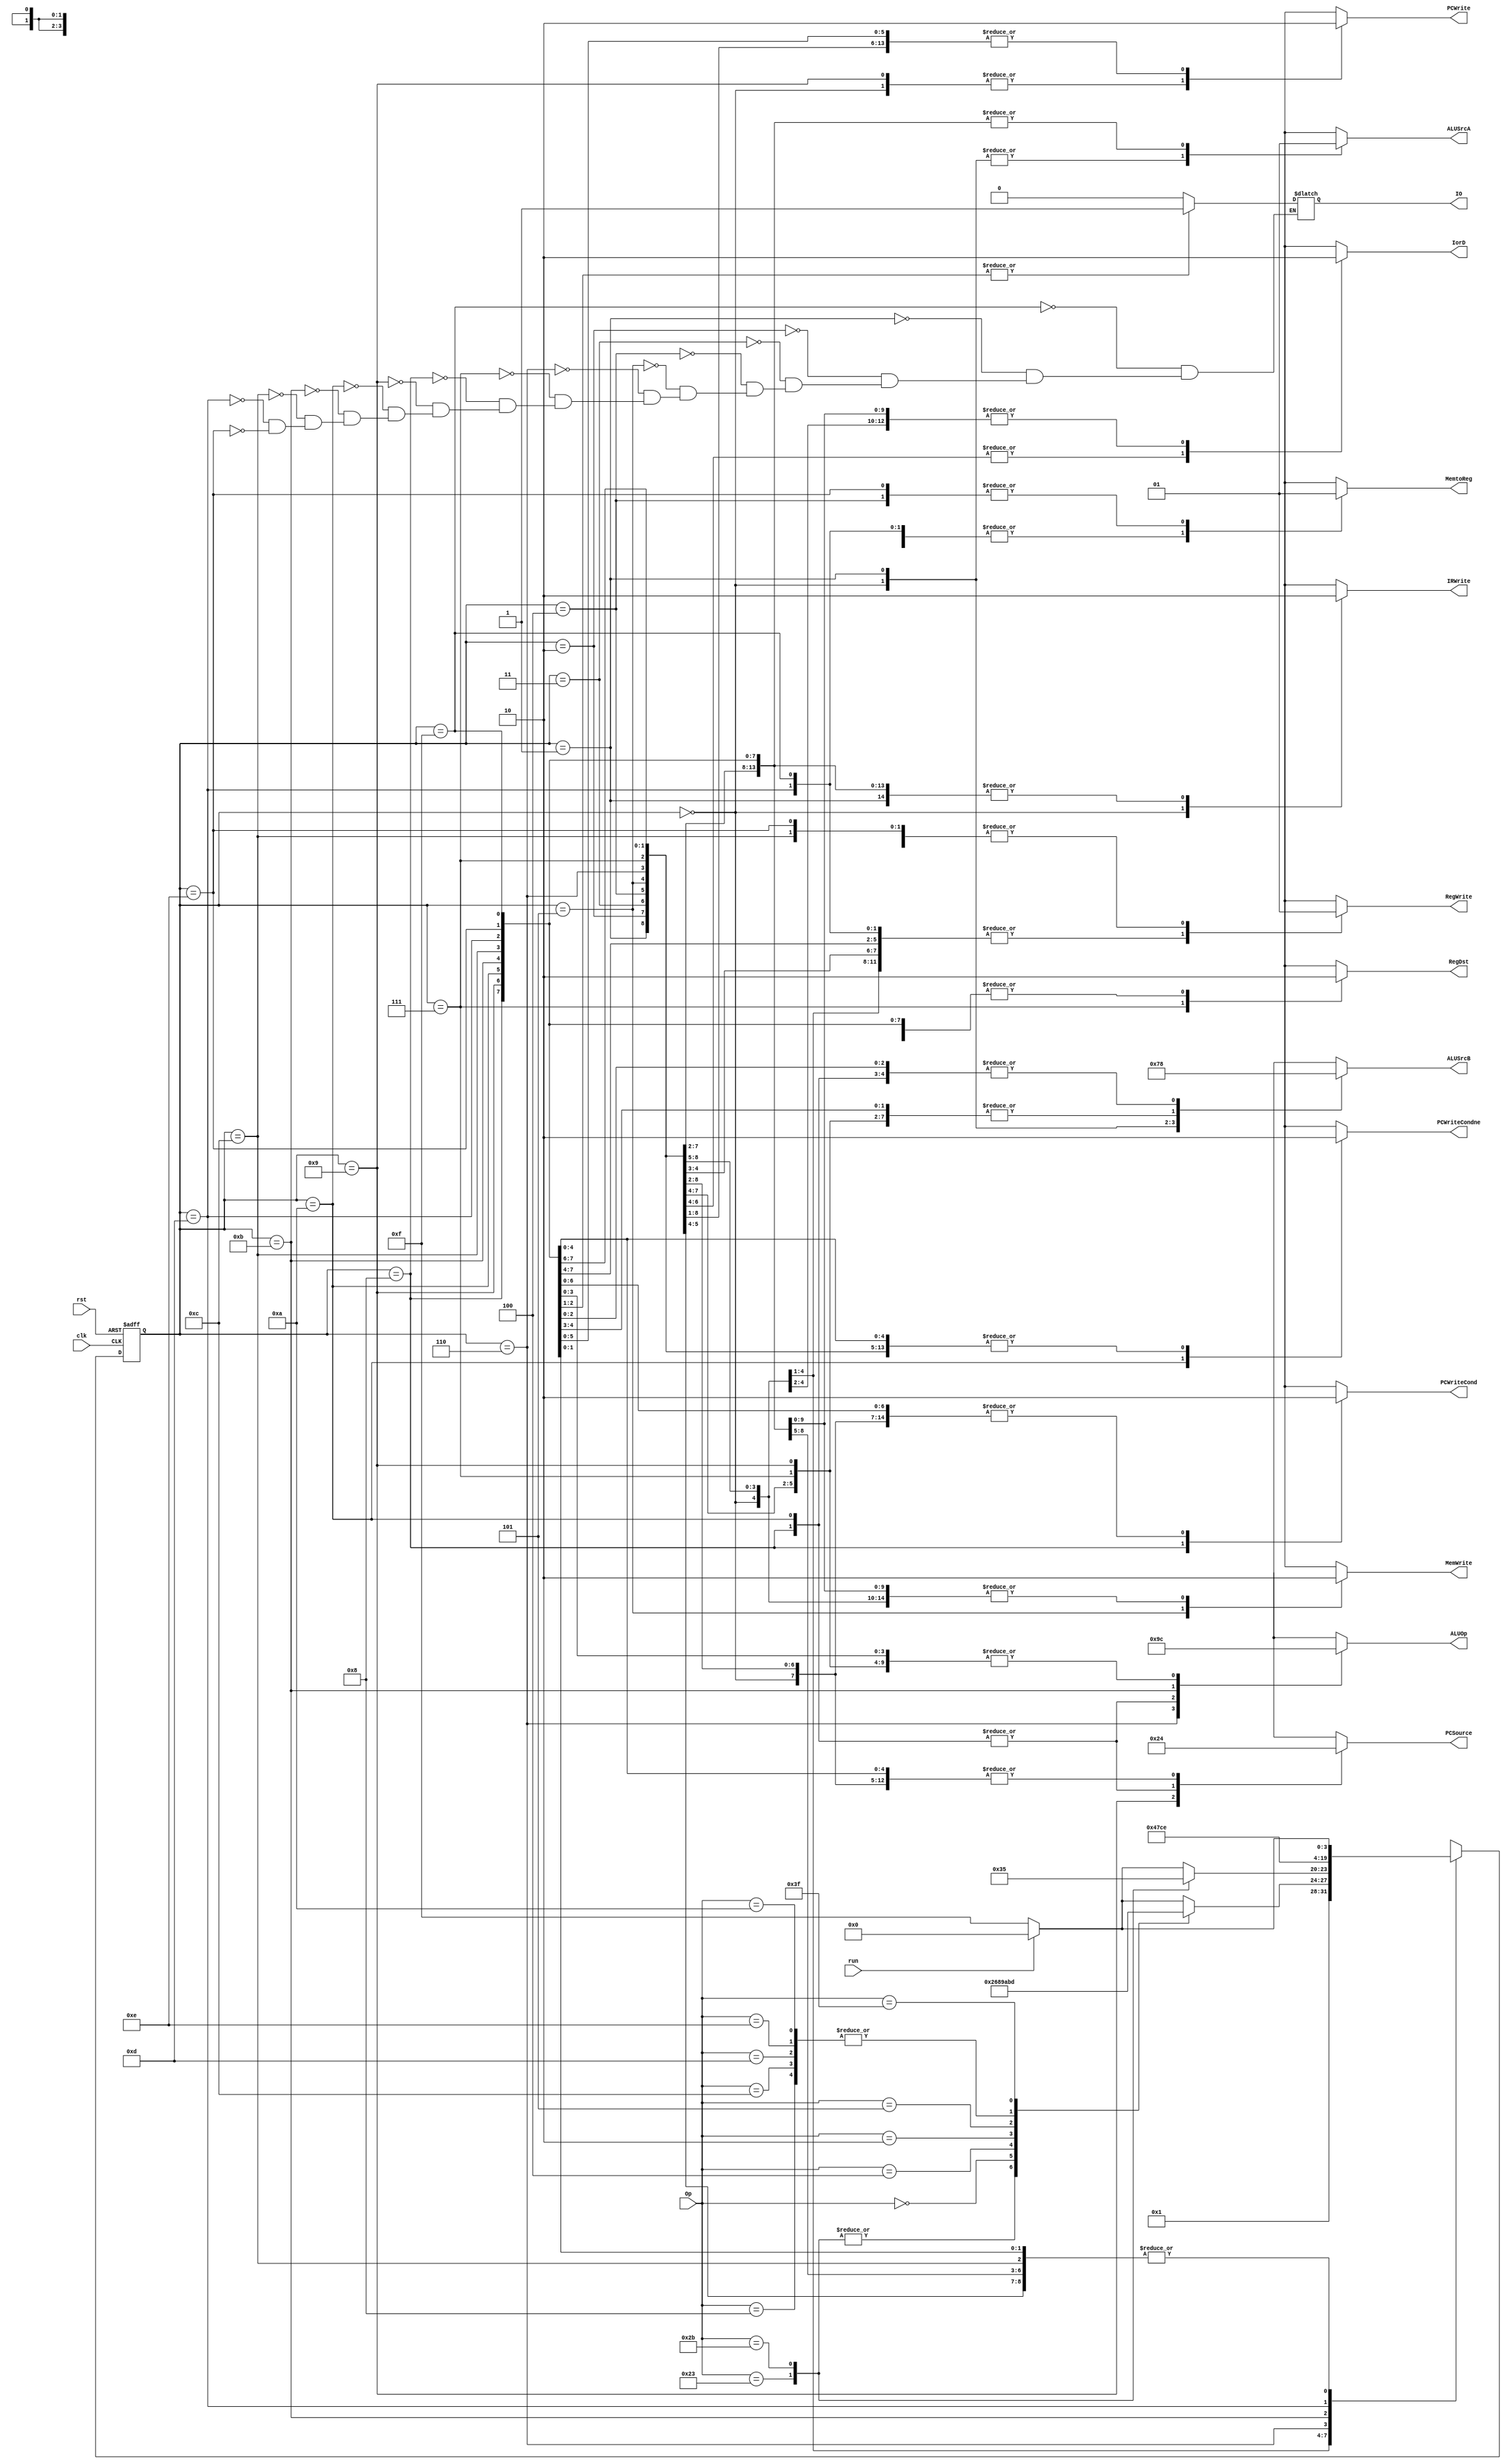
`timescale 1ns / 1ps
//////////////////////////////////////////////////////////////////////////////////
// Company: 
// Engineer: 
// 
// Design Name: 
// Module Name: Control
// Project Name: 
// Target Devices: 
// Tool Versions: 
// Description: 
// 
// Dependencies: 
// 
// Revision:
// Revision 0.01 - File Created
// Additional Comments:
// 
//////////////////////////////////////////////////////////////////////////////////


module Control(
    input [5:0] Op,
    input clk,
    input rst,
    input run,
    output reg PCWriteCond,
    output reg PCWriteCondne,
    output reg PCWrite,
    output reg IorD,
    //output reg MemRead,
    output reg MemWrite,
    output reg MemtoReg,
    output reg IRWrite,
    output reg [1:0] PCSource,
    output reg [1:0] ALUOp,
    output reg [1:0] ALUSrcB,
    output reg ALUSrcA,
    output reg RegWrite,
    output reg RegDst,
    output reg IO
    );
    
    parameter start = 4'b1111,s0 = 4'b0000,s1 = 4'b0001,s2 = 4'b0010,s3 = 4'b0011,s4 = 4'b0100,s5 = 4'b0101,s6 = 4'b0110,s7 = 4'b0111,s8 = 4'b1000,s9 = 4'b1001,s10 = 4'b1010,s11=4'b1011,s12=4'b1100,s13=4'b1101,s14=4'b1110; 
    parameter LW = 6'b100011;
    parameter SW = 6'b101011;
    parameter R_type = 6'b000000;
    parameter BEQ = 6'b000100;
    parameter J = 6'b000010;
    parameter BNE = 6'b000101;
    parameter ADDI = 6'b001000;
    parameter ANDI = 6'b001100;
    parameter ORI = 6'b001101;
    parameter XORI = 6'b001110;
    parameter SLTI = 6'b001010;
    parameter IOLW = 6'b111111;
    //reg [5:0] Opreg;
    reg [3:0] state;
    reg [3:0] next_state;
    
    always @ (posedge clk or posedge rst)
    begin
        if(rst) state <= start;
        else state <= next_state;
    end
    
    always@(*)
    begin
        case(state) 
            start:
            begin
                PCWriteCond<=0;
                PCWriteCondne<=0;
                PCWrite<=0;
                IRWrite<=0;
                ALUSrcA<=1;
                ALUSrcB<=2'b00;
                ALUOp<=2'b00;
                RegDst<=0;
                PCSource<=2'b00;
                RegWrite<=0;
                IorD<=0;
                MemWrite<=0;
                MemtoReg<=0;
                IO<=0;
                next_state <= run ? s0 : start;
            end
            s0:
            begin
                PCWriteCond<=0;
                PCWriteCondne<=0;
                PCWrite<=1;
                IRWrite<=1;
                ALUSrcA<=0;
                ALUSrcB<=2'b01;
                ALUOp<=2'b00;
                RegDst<=0;
                PCSource<=2'b00;
                RegWrite<=0;
                IorD<=0;
                MemWrite<=0;
                MemtoReg<=0;
                next_state <= s1;
            end
            s1:
            begin
                PCWriteCond<=0;
                PCWriteCondne<=0;
                PCWrite<=0;
                IRWrite<=0;
                ALUSrcA<=0;
                ALUSrcB<=2'b11;
                ALUOp<=2'b00;
                RegDst<=0;
                PCSource<=2'b00;
                RegWrite<=0;
                IorD<=0;
                MemWrite<=0;
                MemtoReg<=0;
                IO<=0;
                case(Op)
                    LW:next_state <= s2;
                    SW:next_state <= s2;
                    R_type:next_state <= s6;
                    BEQ:next_state <= s8;
                    J:next_state <= s9;
                    BNE:next_state <= s10;
                    ADDI:next_state <= s11;
                    ANDI:next_state <= s11;
                    ORI:next_state <= s11;
                    XORI:next_state <= s11;
                    SLTI:next_state <= s11;
                    IOLW:next_state <= s13;
                    default:next_state <= run ? 4'b0000 : start;
                endcase
            end
            s2:
            begin
                PCWriteCond<=0;
                PCWriteCondne<=0;
                PCWrite<=0;
                IRWrite<=0;
                ALUSrcA<=1;
                ALUSrcB<=2'b10;
                ALUOp<=2'b00;
                RegDst<=0;
                PCSource<=2'b00;
                RegWrite<=0;
                IorD<=0;
                MemWrite<=0;
                MemtoReg<=0;
                IO<=0;
                case(Op)
                    LW:next_state <= s3;
                    SW:next_state <= s5;
                    default:next_state <= run ? 4'b0000 : start;
                endcase
            end
            s3:
            begin
                PCWriteCond<=0;
                PCWriteCondne<=0;
                PCWrite<=0;
                IRWrite<=0;
                ALUSrcA<=1;
                ALUSrcB<=2'b10;
                ALUOp<=2'b00;
                RegDst<=0;
                PCSource<=2'b00;
                RegWrite<=0;
                IorD<=1;
                MemWrite<=0;
                MemtoReg<=0;
                IO<=0;
                next_state <= s4;
            end
            s4:
            begin
                PCWriteCond<=0;
                PCWriteCondne<=0;
                PCWrite<=0;
                IRWrite<=0;
                ALUSrcA<=1;
                ALUSrcB<=2'b10;
                ALUOp<=2'b00;
                RegDst<=0;
                PCSource<=2'b00;
                RegWrite<=1;
                IorD<=1;
                MemWrite<=0;
                MemtoReg<=1;
                IO<=0;
                next_state <= run ? s0 : start;
            end
            s5:
            begin
                PCWriteCond<=0;
                PCWriteCondne<=0;
                PCWrite<=0;
                IRWrite<=0;
                ALUSrcA<=1;
                ALUSrcB<=2'b10;
                ALUOp<=2'b00;
                RegDst<=0;
                PCSource<=2'b00;
                RegWrite<=0;
                IorD<=1;
                MemWrite<=1;
                MemtoReg<=0;
                IO<=0;
                next_state <= run ? s0 : start;
            end
            s6:
            begin 
                PCWriteCond<=0;
                PCWriteCondne<=0;
                PCWrite<=0;
                IRWrite<=0;
                ALUSrcA<=1;
                ALUSrcB<=2'b00;
                ALUOp<=2'b10;//
                RegDst<=0;//
                PCSource<=2'b00;//
                RegWrite<=0;
                IorD<=0;//
                MemWrite<=0;
                MemtoReg<=0;//
                IO<=0;
                next_state <= s7;
            end
            s7:
            begin
                PCWriteCond<=0;
                PCWriteCondne<=0;
                PCWrite<=0;
                IRWrite<=0;
                ALUSrcA<=1;
                ALUSrcB<=2'b10;
                ALUOp<=2'b00;//
                RegDst<=1;//
                PCSource<=2'b00;//
                RegWrite<=1;
                IorD<=0;//
                MemWrite<=0;
                MemtoReg<=0;
                IO<=0;
                next_state <= run ? s0 : start;
            end
            s8:
            begin
                PCWriteCond<=1;
                PCWriteCondne<=0;
                PCWrite<=0;
                IRWrite<=0;
                ALUSrcA<=1;
                ALUSrcB<=2'b00;
                ALUOp<=2'b01;
                RegDst<=0;//
                PCSource<=2'b01;
                RegWrite<=0;
                IorD<=0;//
                MemWrite<=0;
                MemtoReg<=0;//
                IO<=0;
                next_state <= run ? s0 : start;
            end
            s9:
            begin
                PCWriteCond<=0;
                PCWriteCondne<=0;
                PCWrite<=1;
                IRWrite<=0;
                ALUSrcA<=1;
                ALUSrcB<=2'b10;
                ALUOp<=2'b00;//
                RegDst<=0;//
                PCSource<=2'b10;//
                RegWrite<=0;
                IorD<=0;//
                MemWrite<=0;
                MemtoReg<=0;//
                IO<=0;
                next_state <= run ? s0 : start;
            end
            s10:
            begin
                PCWriteCond<=0;
                PCWriteCondne<=1;
                PCWrite<=0;
                IRWrite<=0;
                ALUSrcA<=1;
                ALUSrcB<=2'b00;
                ALUOp<=2'b01;
                RegDst<=0;//
                PCSource<=2'b01;
                RegWrite<=0;
                IorD<=0;//
                MemWrite<=0;
                MemtoReg<=0;//
                IO<=0;
                next_state <= run ? s0 : start;
            end
            s11:
            begin//addi andi..ex
                PCWriteCond<=0;
                PCWriteCondne<=0;
                PCWrite<=0;
                IRWrite<=0;
                ALUSrcA<=1;
                ALUSrcB<=2'b10;
                ALUOp<=2'b11;//
                RegDst<=0;//
                PCSource<=2'b00;//
                RegWrite<=0;
                IorD<=0;//
                MemWrite<=0;
                MemtoReg<=0;//
                IO<=0;
                next_state <= s12;
            end
            s12:
            begin
                PCWriteCond<=0;
                PCWriteCondne<=0;
                PCWrite<=0;
                IRWrite<=0;
                ALUSrcA<=1;
                ALUSrcB<=2'b10;
                ALUOp<=2'b00;//
                RegDst<=0;//
                PCSource<=2'b00;//
                RegWrite<=1;
                IorD<=0;//
                MemWrite<=0;
                MemtoReg<=0;
                IO<=0;
                next_state <= run ? s0 : start;
            end
            s13://IOread
            begin
                PCWriteCond<=0;
                PCWriteCondne<=0;
                PCWrite<=0;
                IRWrite<=0;
                ALUSrcA<=1;
                ALUSrcB<=2'b00;
                ALUOp<=2'b00;
                RegDst<=0;
                PCSource<=2'b00;
                RegWrite<=0;
                IorD<=0;
                MemWrite<=0;
                MemtoReg<=0;
                IO<=1;
                next_state <= s14;
            end
            s14://IOwrite
            begin
                PCWriteCond<=0;
                PCWriteCondne<=0;
                PCWrite<=0;
                IRWrite<=0;
                ALUSrcA<=1;
                ALUSrcB<=2'b00;
                ALUOp<=2'b00;
                RegDst<=0;
                PCSource<=2'b00;
                RegWrite<=1;
                IorD<=0;
                MemWrite<=0;
                MemtoReg<=1;
                IO<=1;
                next_state <= run ? s0 : start;
            end
            default:
            begin
                PCWriteCond<=0;
                PCWriteCondne<=0;
                PCWrite<=0;
                IRWrite<=0;
                ALUSrcA<=1;
                ALUSrcB<=2'b00;
                ALUOp<=2'b00;
                RegDst<=0;
                PCSource<=2'b00;
                RegWrite<=0;
                IorD<=0;
                MemWrite<=0;
                MemtoReg<=0;
                IO<=0;
                next_state <= run ? s0 : start;
            end
        endcase
    end
endmodule